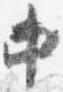
中